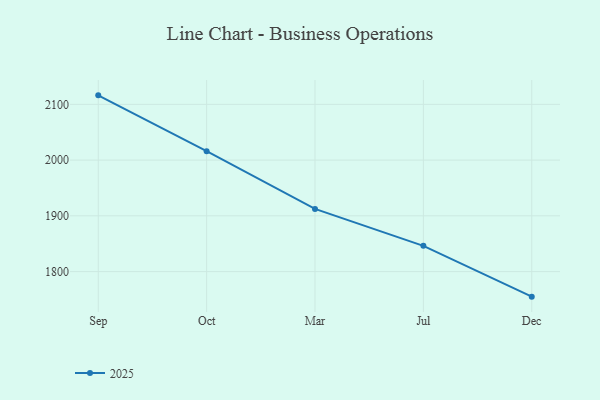
{"axis": {"x": "Month", "y": "Tickets Resolved"}, "legend": ["2025"], "data": [{"x": "Sep", "y": 2116.1, "type": "2025"}, {"x": "Oct", "y": 2016.0, "type": "2025"}, {"x": "Mar", "y": 1912.4, "type": "2025"}, {"x": "Jul", "y": 1846.2, "type": "2025"}, {"x": "Dec", "y": 1755.1, "type": "2025"}]}